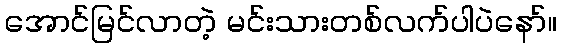
အောင်မြင်လာတဲ့ မင်းသားတစ်လက်ပါပဲနော်။